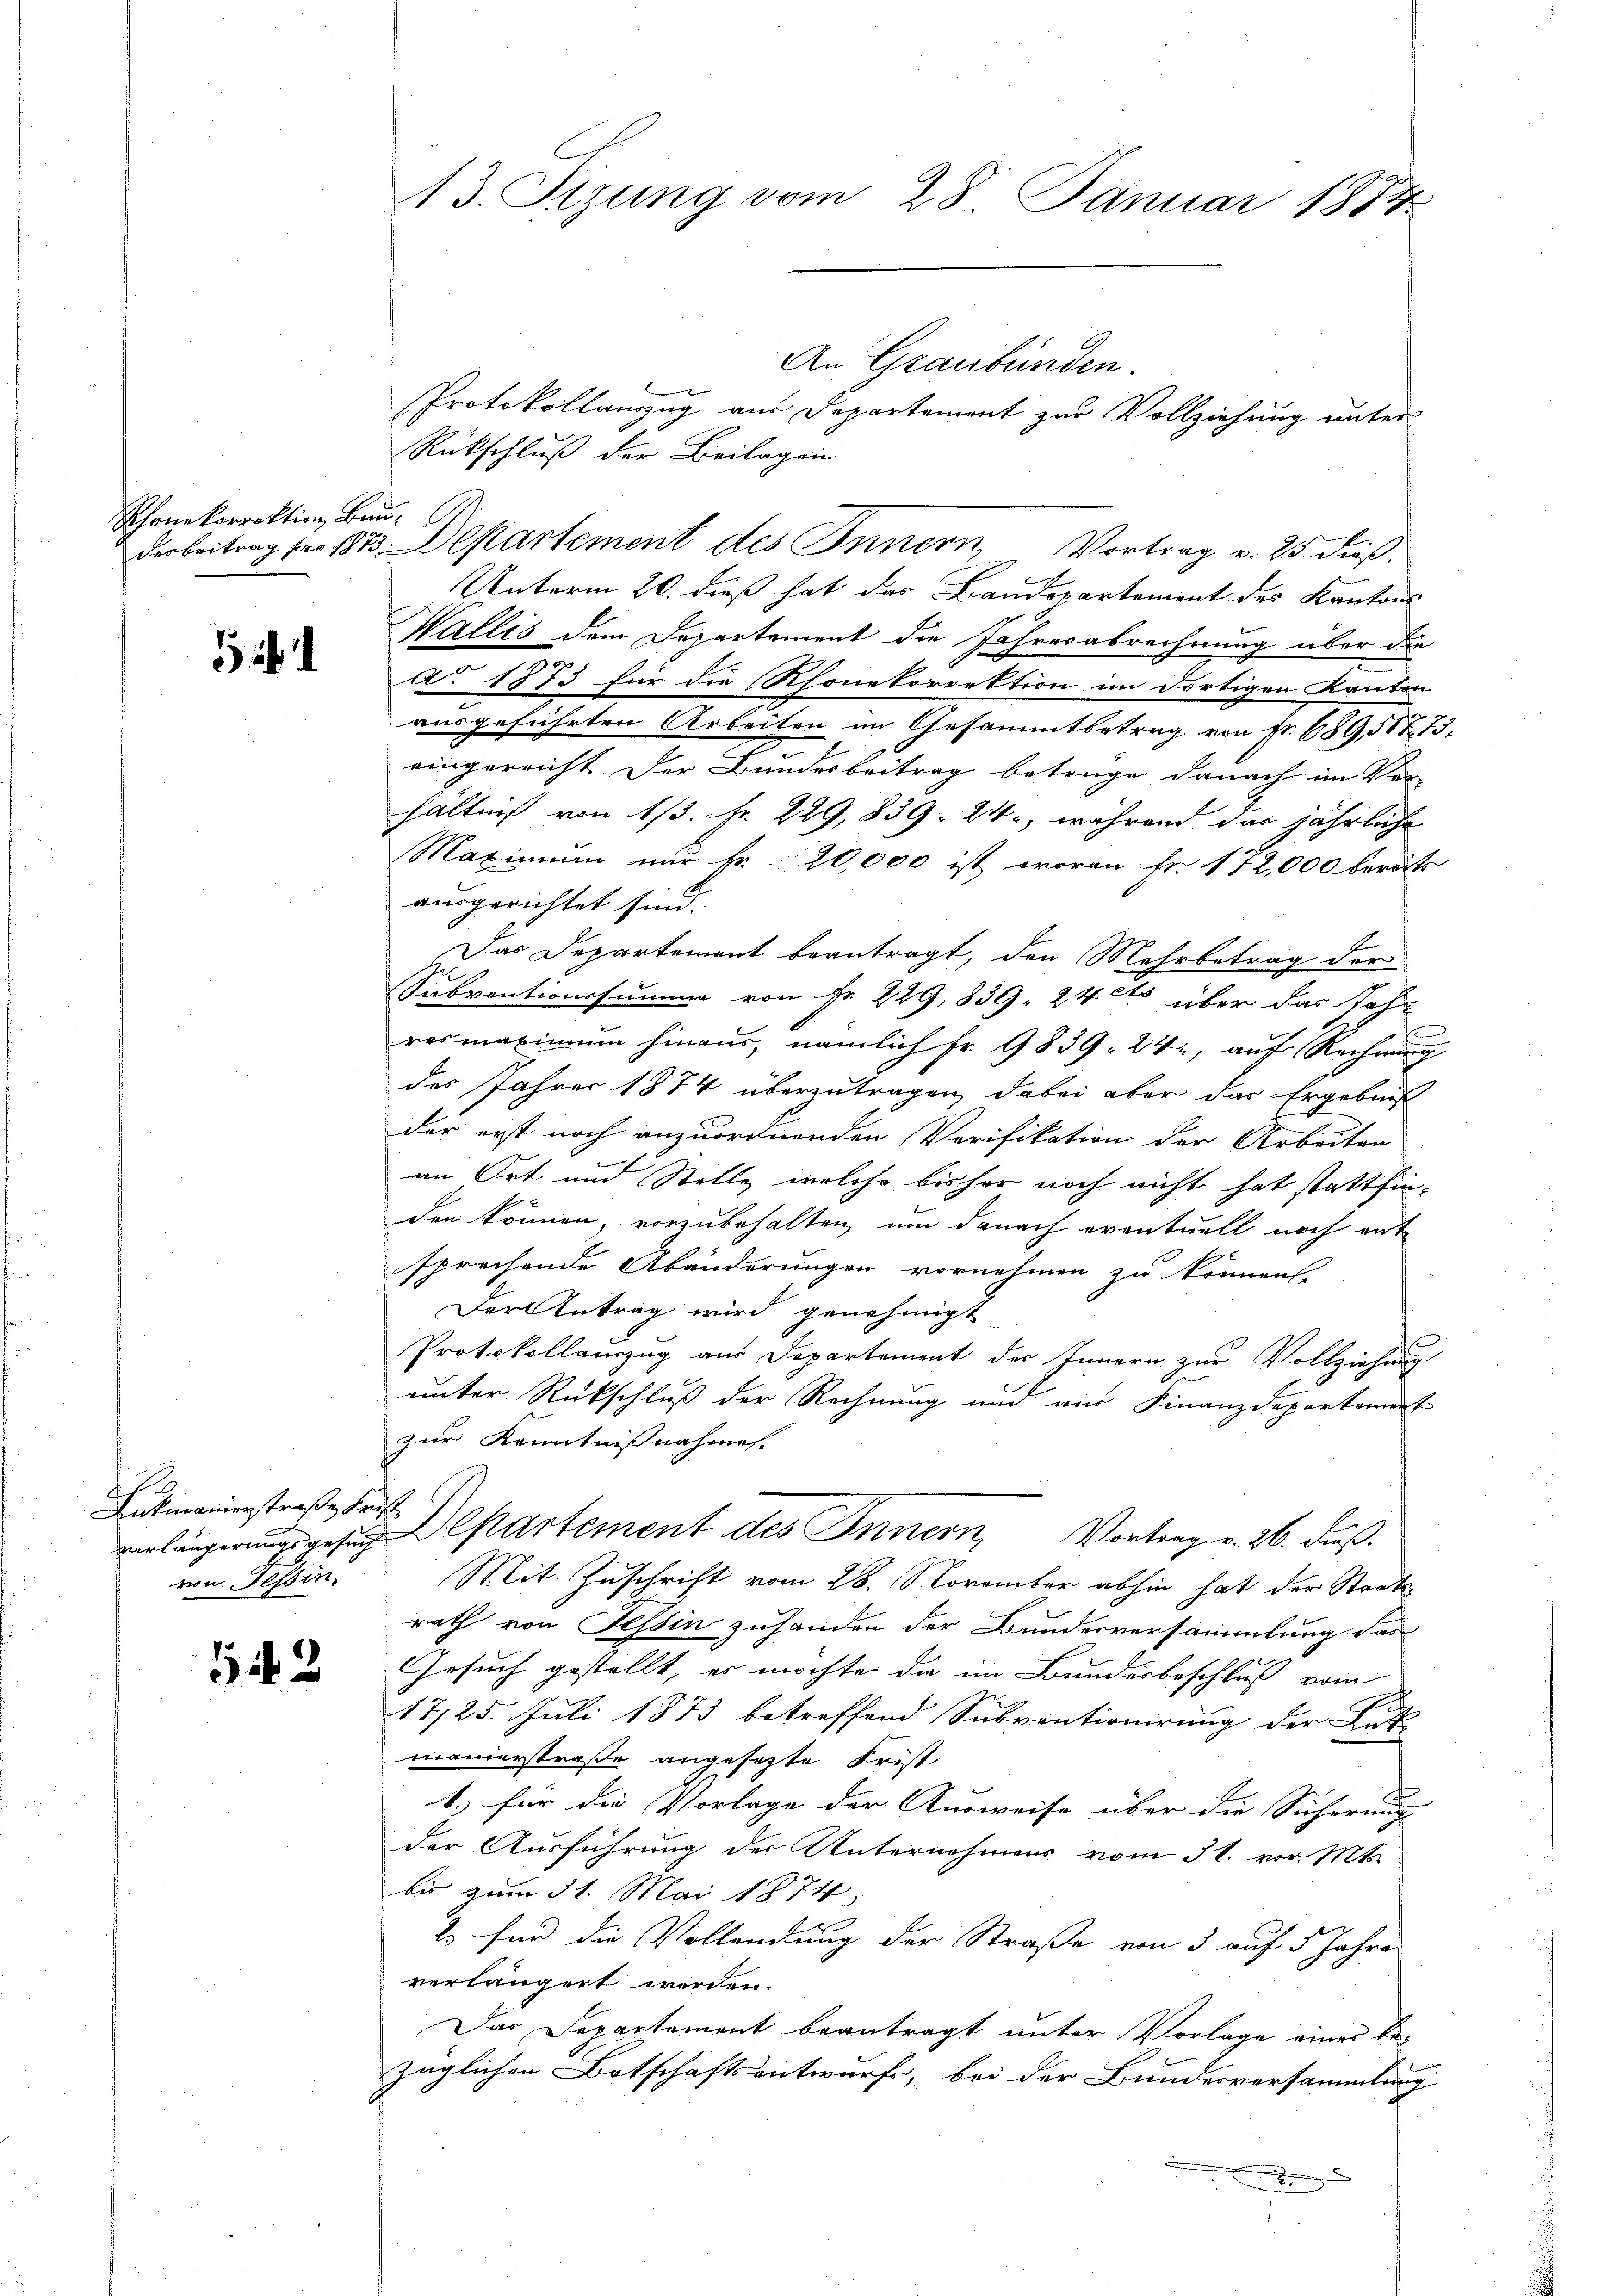
Rhonekorrektion, Brun¬

1

h
Antmannerstraße Frist
von Tessin.

542

13. Fizung vom 28. Januar 1874

Rückschluß der Beilagen
derbeitrag pro 1815. Departement des Innern, Vortrag v. 25. dieß
Unterm 20. dieß hat das Landepartement des Kantons
Wallis dem Departement die Jahresabrechnung über die
Ao 1873 für die Rhonekorrektion im dortigen Kanton
ausgeführten Arbeiten im Gesammtbetrag von Fr. 689,51775.
eingereicht der Bundesbeitrag betrüge danach im Ver-
hältnis von 1/3. Fr. 229, 839. 24, während das jährliche
Maximum nur Fr. 20,000 ist woran fr. 172,000 bereits
ausgerichtet sind.
Das Departement beantragt, den Mehrbetrag der
Subventionssumme von Fr. 229, 839 24 t über das Jahr
res maximum hinaus, nämlich fr. 9839. 24, auf Rechnung
des Jahres 1874 überzutragen, dabei aber das Ergebnis
der erst noch anzuordnenden Verifikation der Arbeiten
an Ort und Stelle, welche bisher noch nicht hat stattfinden können, vorzubehalten, um danach eventuell noch ent
sprechende Abänderungen vornehmen zu können.
Der Antrag wird genehmigt
Protokollauszug am Departement der Innern zur Vollziehung
unter Rückschluß der Rechnung und aus Finanzdepartement
zur Kenntnissnahmes- |
verlängerungsgesuch Departement des Innern, Vortrag v. 26. dieß.
Mit Zuschrift vom 28. November abhin hat der Staats
rath von Tessin zuhanden der Bunderversammlung das
Gesuch gestellt, es möchte die im Bundesbeschluß vom
I
17/25. Juli 1873 betreffend Subventionirung der Gut-
manderstraße angesetzte Frist
1.) für die Vorlage der Ausweise über die Sicherung |
der Ausführung der Unternehmens vom 31. vor. Mts.
bis zum 31. Mai 1874.
2. für die Vollendung der Straße von 3 auf 5 Jahres
verlängert werden.
Das Departement beantragt unter Vorlage eines be-
züglichen Botschaftsentwurf, bei der Bundesversammlung
2

An Graubünden.
Protokollanzug aus Departement zur Vollziehung unter